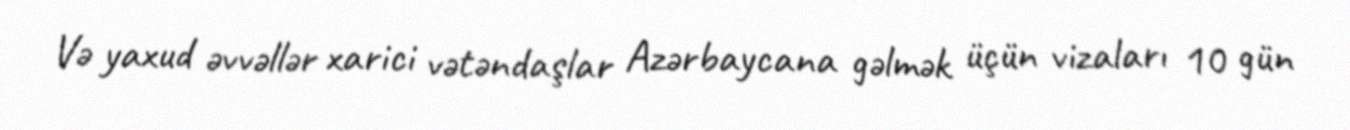
Və yaxud əvvəllər xarici vətəndaşlar Azərbaycana gəlmək üçün vizaları 10 gün